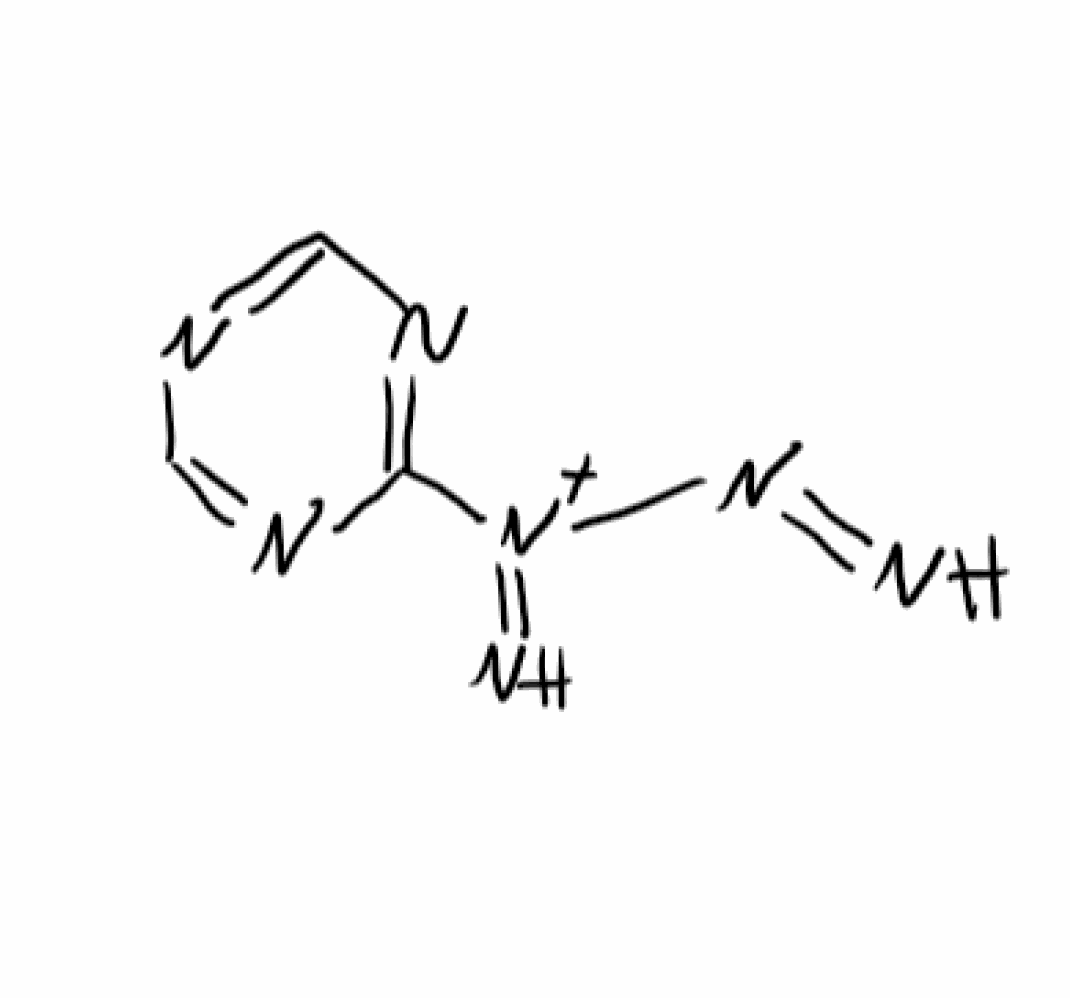
Simplified molecular-input line-entry system (SMILES) notation of the given molecule:
C1=NC=NC(=N1)[N+](=N)N=N